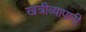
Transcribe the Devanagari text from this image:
खत्रीव्यापारी